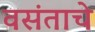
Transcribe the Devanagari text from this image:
वसंताचे